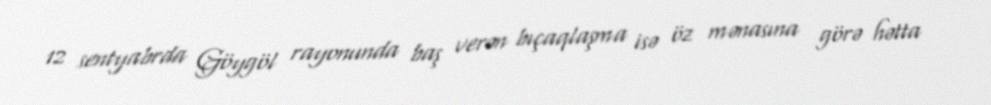
12 sentyabrda Göygöl rayonunda baş verən bıçaqlaşma isə öz mənasına görə hətta